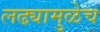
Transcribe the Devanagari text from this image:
लढ्यामुळेच